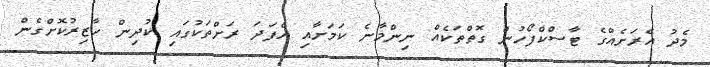
މެދު އެރަށެއްގެ ޓާސްކްފޯހުން ގޮތްތަކެއް ނިންމާނެ ކަމަށާއި އެފަދަ ރަށްތަކުގައި ކުދިން ހާޒިރުކޮށްގެން